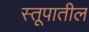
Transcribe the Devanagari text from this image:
स्तूपातील